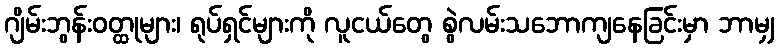
ဂျိမ်းဘွန်းဝတ္ထုများ၊ ရုပ်ရှင်များကို လူငယ်တွေ စွဲလမ်းသဘောကျနေခြင်းမှာ ဘာမျှ